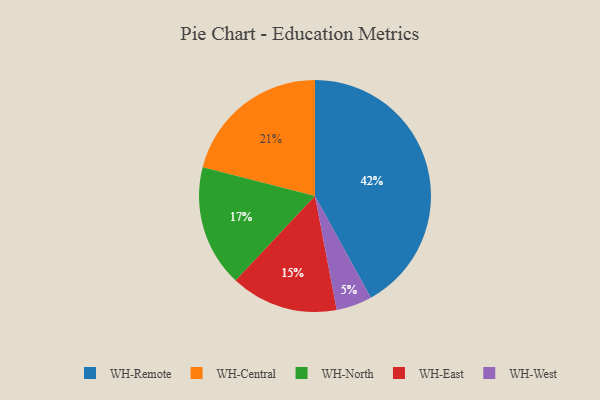
{"axis": {"x": "Category", "y": "Percentage"}, "legend": ["WH-Central", "WH-East", "WH-North", "WH-Remote", "WH-West"], "data": [{"x": "WH-North", "y": 17, "type": "WH-North"}, {"x": "WH-Central", "y": 21, "type": "WH-Central"}, {"x": "WH-East", "y": 15, "type": "WH-East"}, {"x": "WH-Remote", "y": 42, "type": "WH-Remote"}, {"x": "WH-West", "y": 5, "type": "WH-West"}]}